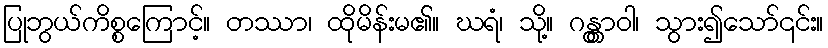
ပြုဘွယ်ကိစ္စကြောင့်။ တဿာ၊ ထိုမိန်းမ၏။ ဃရံ၊ သို့။ ဂန္တွာဝါ၊ သွား၍သော်၎င်း။